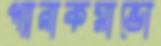
প্যারাকমান্ডো